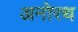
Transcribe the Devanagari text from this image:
अनोरथ